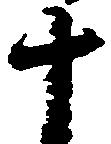
十